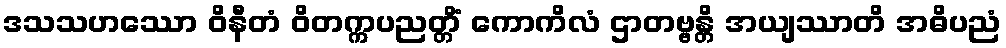
ဒသသဟဿော ဝိနီတံ ဝိတက္ကပညတ္တိံ ကောကိလံ ဌာတဗ္ဗန္တိ အယျဿာတိ အဓိပညံ